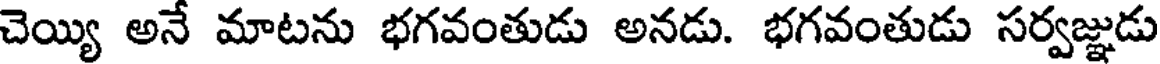
చెయ్యి అనే మాటను భగవంతుడు అనడు. భగవంతుడు సర్వజ్ఞుడు